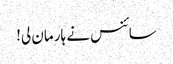
سائنس نے ہار مان لی!